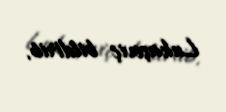
Lukaşeviç bildirib.